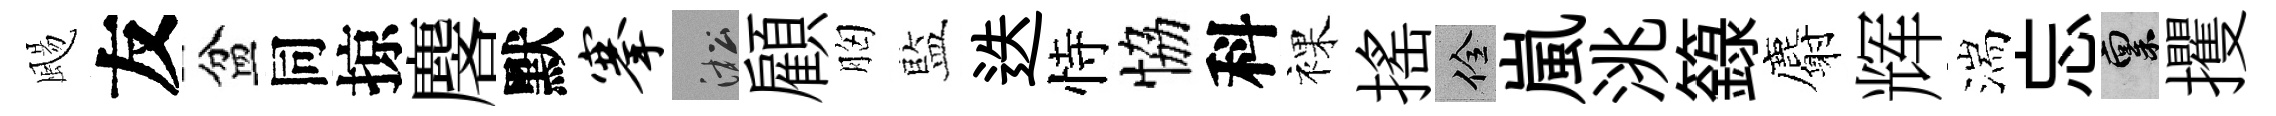
颺友盆同掠麐默搴淞顧胸藍迭恃恊科裸揺佺嵐洮籙麝辉湍忘禀攫